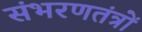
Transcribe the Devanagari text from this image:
संभरणतंत्रों